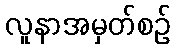
လူနာအမှတ်စဉ်